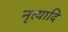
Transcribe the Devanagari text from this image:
नृत्यादि